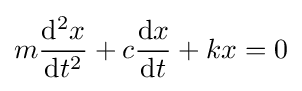
m{\frac {\mathrm {d} ^{2}x}{\mathrm {d} t^{2}}}+c{\frac {\mathrm {d} x}{\mathrm {d} t}}+kx=0